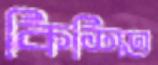
কিশিত